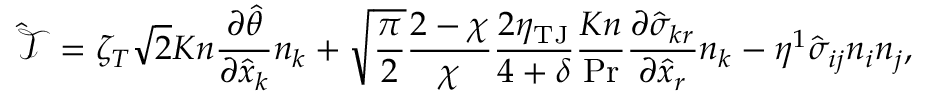
\mathcal { \hat { T } } = \zeta _ { T } \sqrt { 2 } K n \frac { \partial \hat { \theta } } { \partial \hat { x } _ { k } } n _ { k } + \sqrt { \frac { \pi } { 2 } } \frac { 2 - \chi } { \chi } \frac { 2 \eta _ { \mathrm { T J } } } { 4 + \delta } \frac { K n } { \operatorname* { P r } } \frac { \partial \hat { \sigma } _ { k r } } { \partial \hat { x } _ { r } } n _ { k } - \eta ^ { 1 } \hat { \sigma } _ { i j } n _ { i } n _ { j } \mathrm { , }